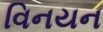
વિનયન